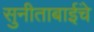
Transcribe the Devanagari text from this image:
सुनीताबाईंचे